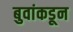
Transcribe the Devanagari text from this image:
बुवांकडून